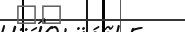
٥٥